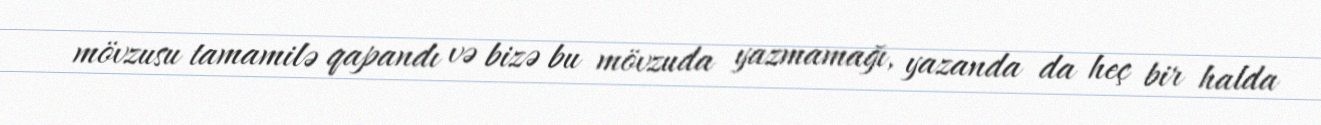
mövzusu tamamilə qapandı və bizə bu mövzuda yazmamağı, yazanda da heç bir halda